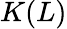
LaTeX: K(L)